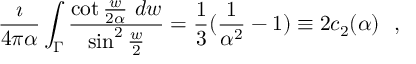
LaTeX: { \frac { \imath } { 4 \pi \alpha } } \int _ { \Gamma } { \frac { \cot { \frac { w } { 2 \alpha } } ~ d w } { \sin ^ { 2 } { \frac { w } { 2 } } } } = { \frac { 1 } { 3 } } ( { \frac { 1 } { \alpha ^ { 2 } } } - 1 ) \equiv 2 c _ { 2 } ( \alpha ) ~ ~ ,